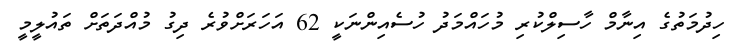
ހިދުމަތުގެ އިނާމް ހާސިލްކުރި މުހައްމަދު ހުސެއިންނަކީ 62 އަހަރަށްވުރެ ދިގު މުއްދަތަށް ތައުލީމީ